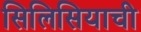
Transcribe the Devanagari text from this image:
सिलिसियाची